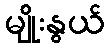
မျိုးနွယ်